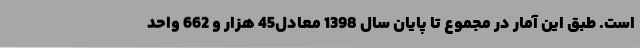
است. طبق این آمار در مجموع تا پایان سال 1398 معادل45 هزار و 662 واحد